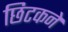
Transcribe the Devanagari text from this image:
छिटकने